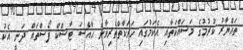
ތައްޔާރު ކުރުމުގެ މަސައްކަތާއި އެކަމުގައި ހަރަކާތްތެރިވާނެ ހާއްސަ ޓާސްކް ފޯސްތައް ދަނީ އެކު